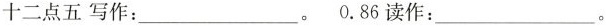
十二点五写作：___。0.86读作：___。